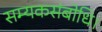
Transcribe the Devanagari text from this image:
सम्यकसंबोधि।